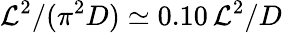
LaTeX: \mathcal{L}^{2}/(\pi^{2}D)\simeq0.10\, \mathcal{L}^{2}/D